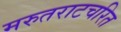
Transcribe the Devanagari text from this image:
मरुतराटचरित